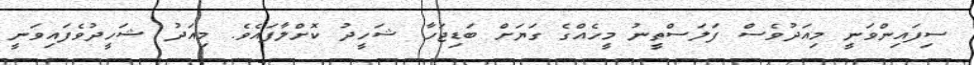
ސިފައިންވަނީ މިއަދުވެސް ފަލަސްތީނު މީހެއްގެ ގަޔަށް ބަޑިޖަހާ ޝަހީދު ކޮށްލާފައެވެ. މިއަދު ޝަހީދުވެފައިވަނީ